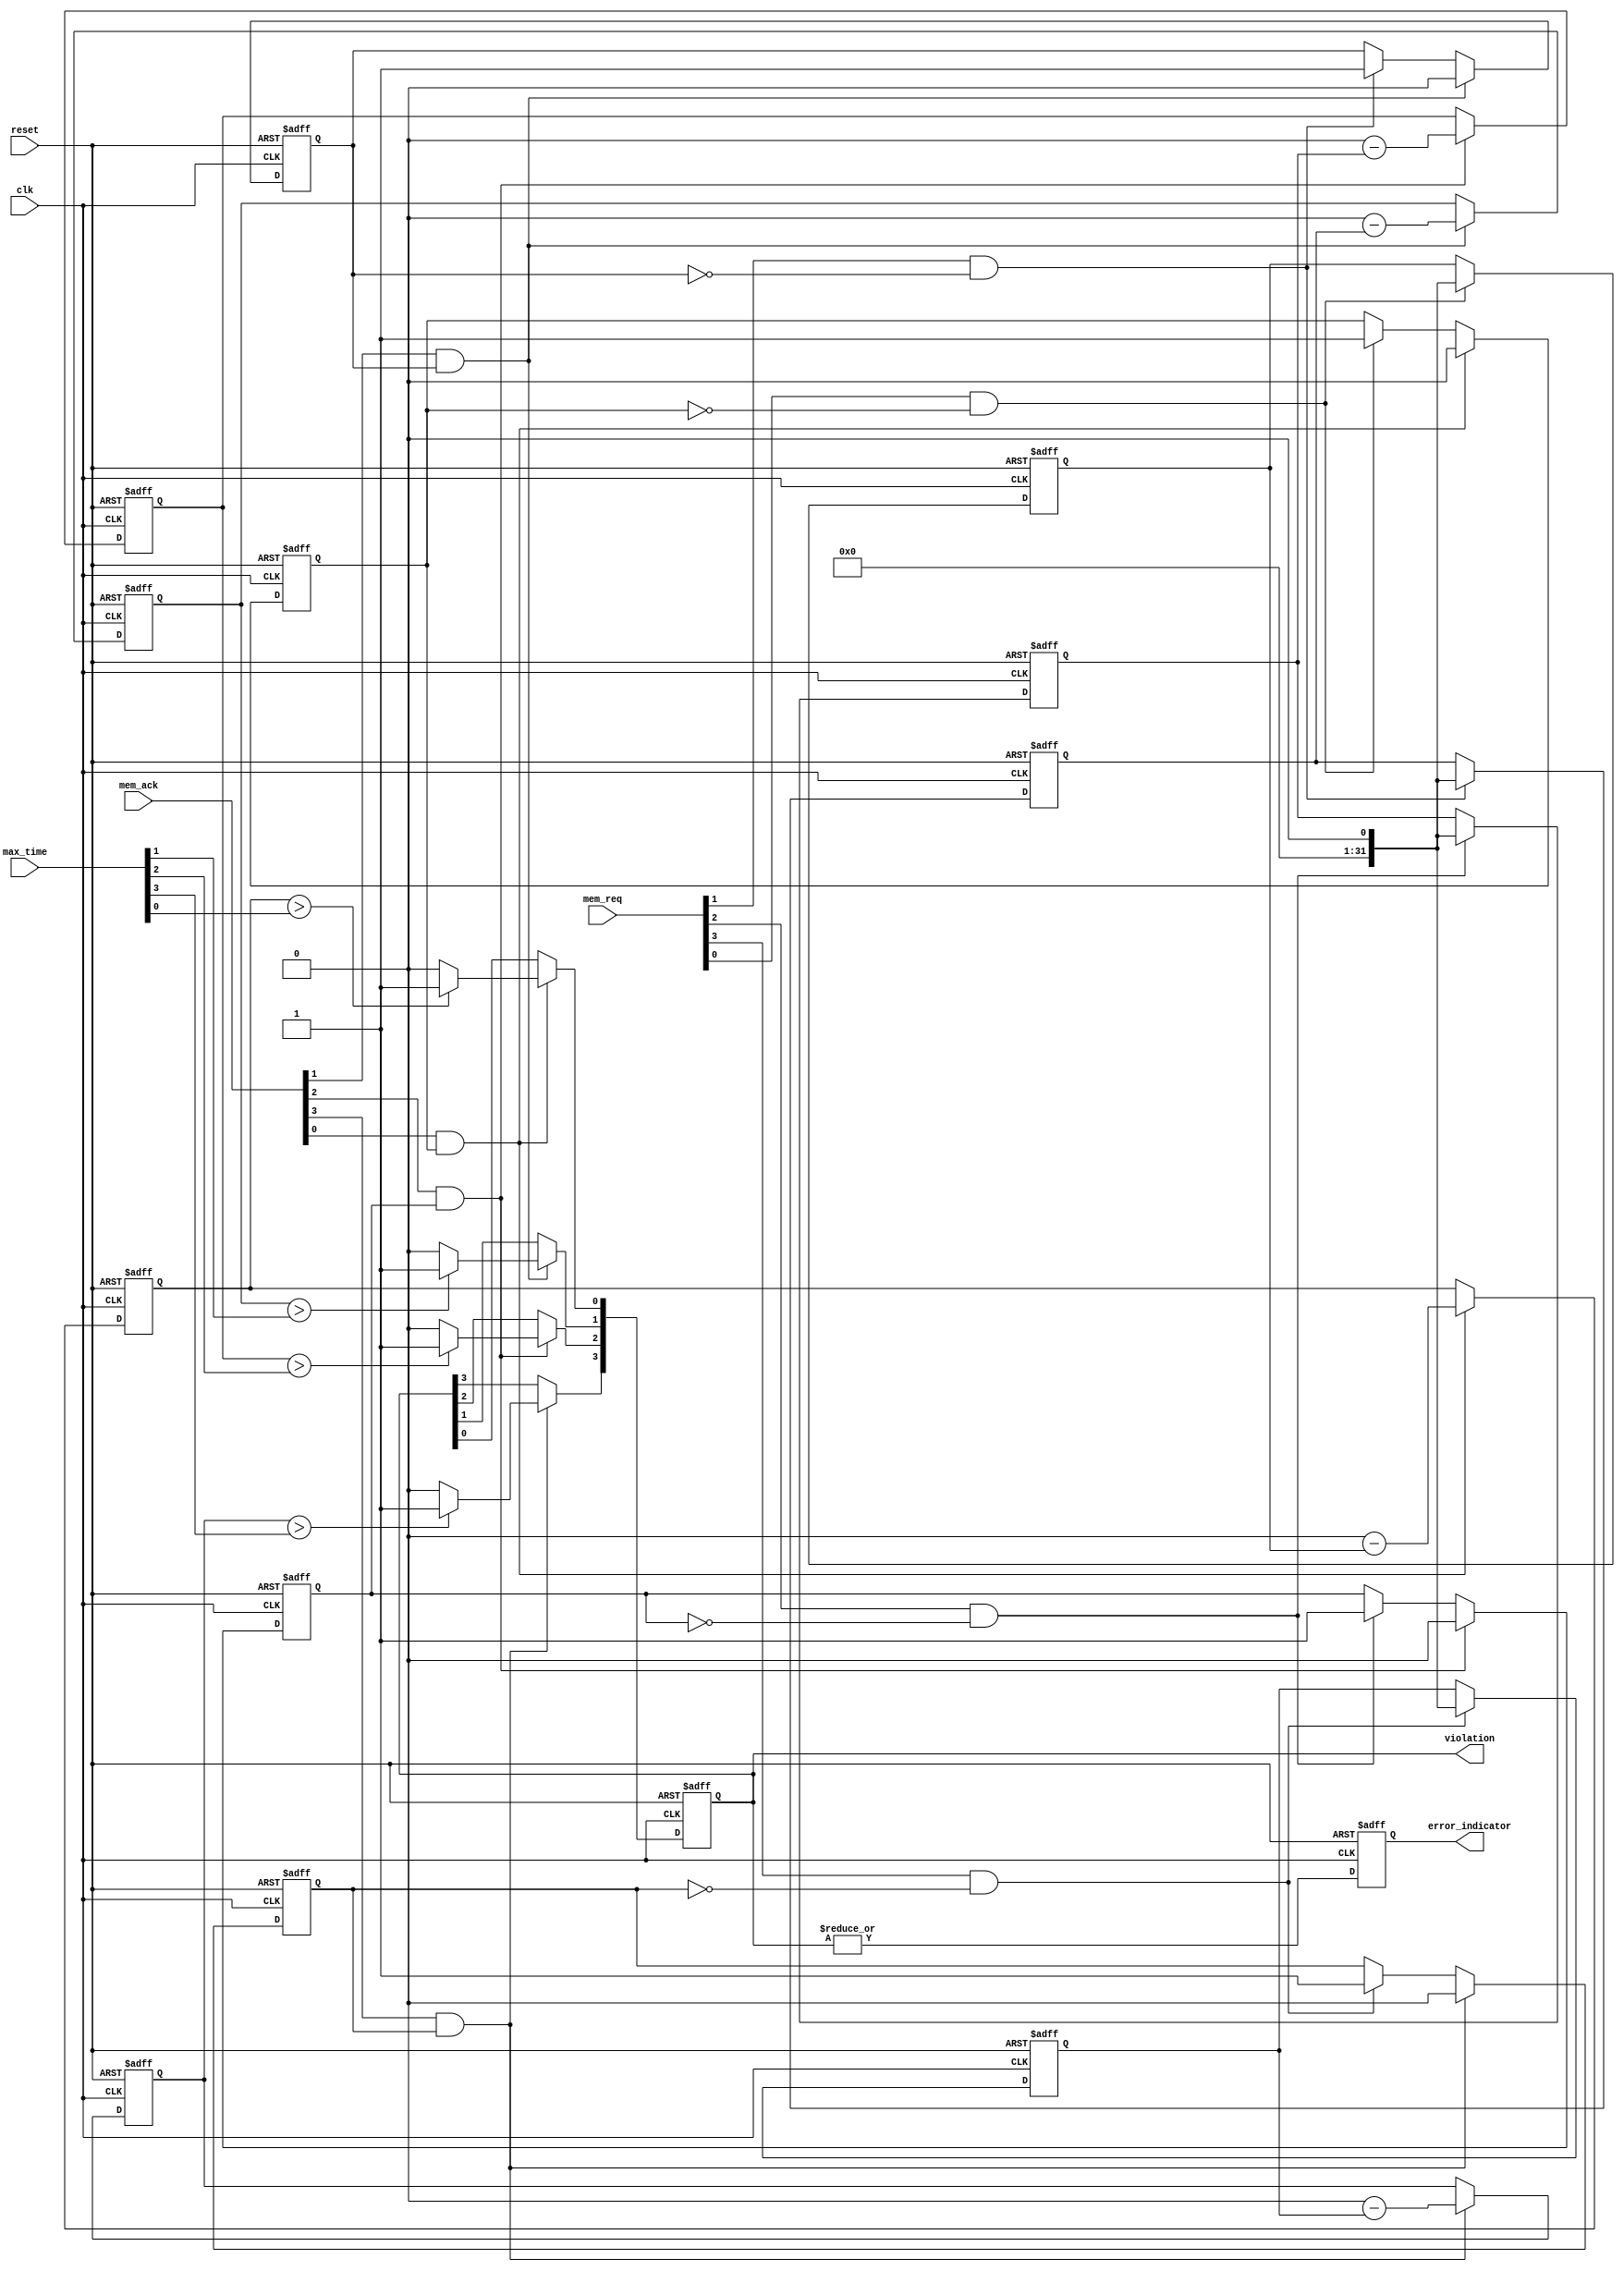
module MemoryBlocksTimeBorrowingDetector #(
    parameter NUM_BLOCKS = 4 // Set the number of memory blocks
) (
    input wire clk,
    input wire reset,
    input wire [NUM_BLOCKS-1:0] mem_req,
    input wire [NUM_BLOCKS-1:0] mem_ack,
    input wire [NUM_BLOCKS-1:0] max_time, // Using max_time as single cycle width
    output reg [NUM_BLOCKS-1:0] violation,
    output reg error_indicator
);

    reg [31:0] access_start_time [0:NUM_BLOCKS-1]; // Store start times
    reg [31:0] access_duration [0:NUM_BLOCKS-1];    // Track durations
    reg mem_active [0:NUM_BLOCKS-1];                // Active access flag

    integer i;

    // Asynchronous Reset
    always @(posedge clk or posedge reset) begin
        if (reset) begin
            // Initialize registers and flags
            for (i = 0; i < NUM_BLOCKS; i = i + 1) begin
                access_start_time[i] <= 0;
                access_duration[i] <= 0;
                violation[i] <= 0;
                mem_active[i] <= 0;
            end
            error_indicator <= 0;
        end else begin
            // Check memory request and acknowledgment
            for (i = 0; i < NUM_BLOCKS; i = i + 1) begin
                if (mem_req[i] && !mem_active[i]) begin
                    // Record start time when request is made
                    access_start_time[i] <= $time; // Use $time for current simulation time
                    mem_active[i] <= 1; // Block is now active
                end
                
                if (mem_ack[i] && mem_active[i]) begin
                    // Calculate duration upon acknowledgment
                    access_duration[i] <= ($time - access_start_time[i]);
                    mem_active[i] <= 0; // Reset active flag
                    
                    // Check for violation
                    if (access_duration[i] > max_time[i]) begin
                        violation[i] <= 1; // Set violation flag
                    end else begin
                        violation[i] <= 0; // Clear violation flag
                    end
                end
            end
            
            // Update the error indicator
            error_indicator <= |violation; // Logical OR to set if any violation exists
        end
    end

endmodule